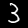
Digit: 3